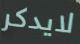
لايدكر